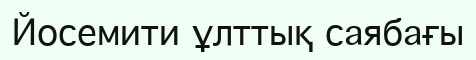
Йосемити ұлттық саябағы